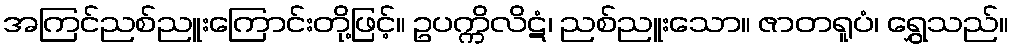
အကြင်ညစ်ညူးကြောင်းတို့ဖြင့်။ ဥပက္ကိလိဋံ၊ ညစ်ညူးသော။ ဇာတရူပံ၊ ရွှေသည်။